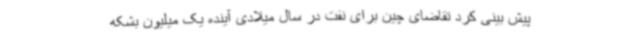
پیش بینی کرد تقاضای چین برای نفت در سال میلادی آینده یک میلیون بشکه